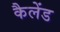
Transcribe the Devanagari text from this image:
कैलेंड